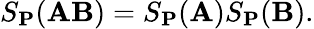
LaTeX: S_{\mathbf{P}}(\mathbf{AB})=S_{\mathbf{P}}(\mathbf{A})S_{\mathbf{P}}(\mathbf{B}).